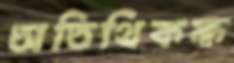
অতিথিকক্ষ